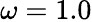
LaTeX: \omega=1.0